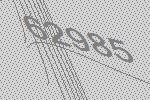
62985